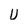
Character: U